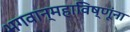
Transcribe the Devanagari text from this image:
भगवान्महाविष्णूंना